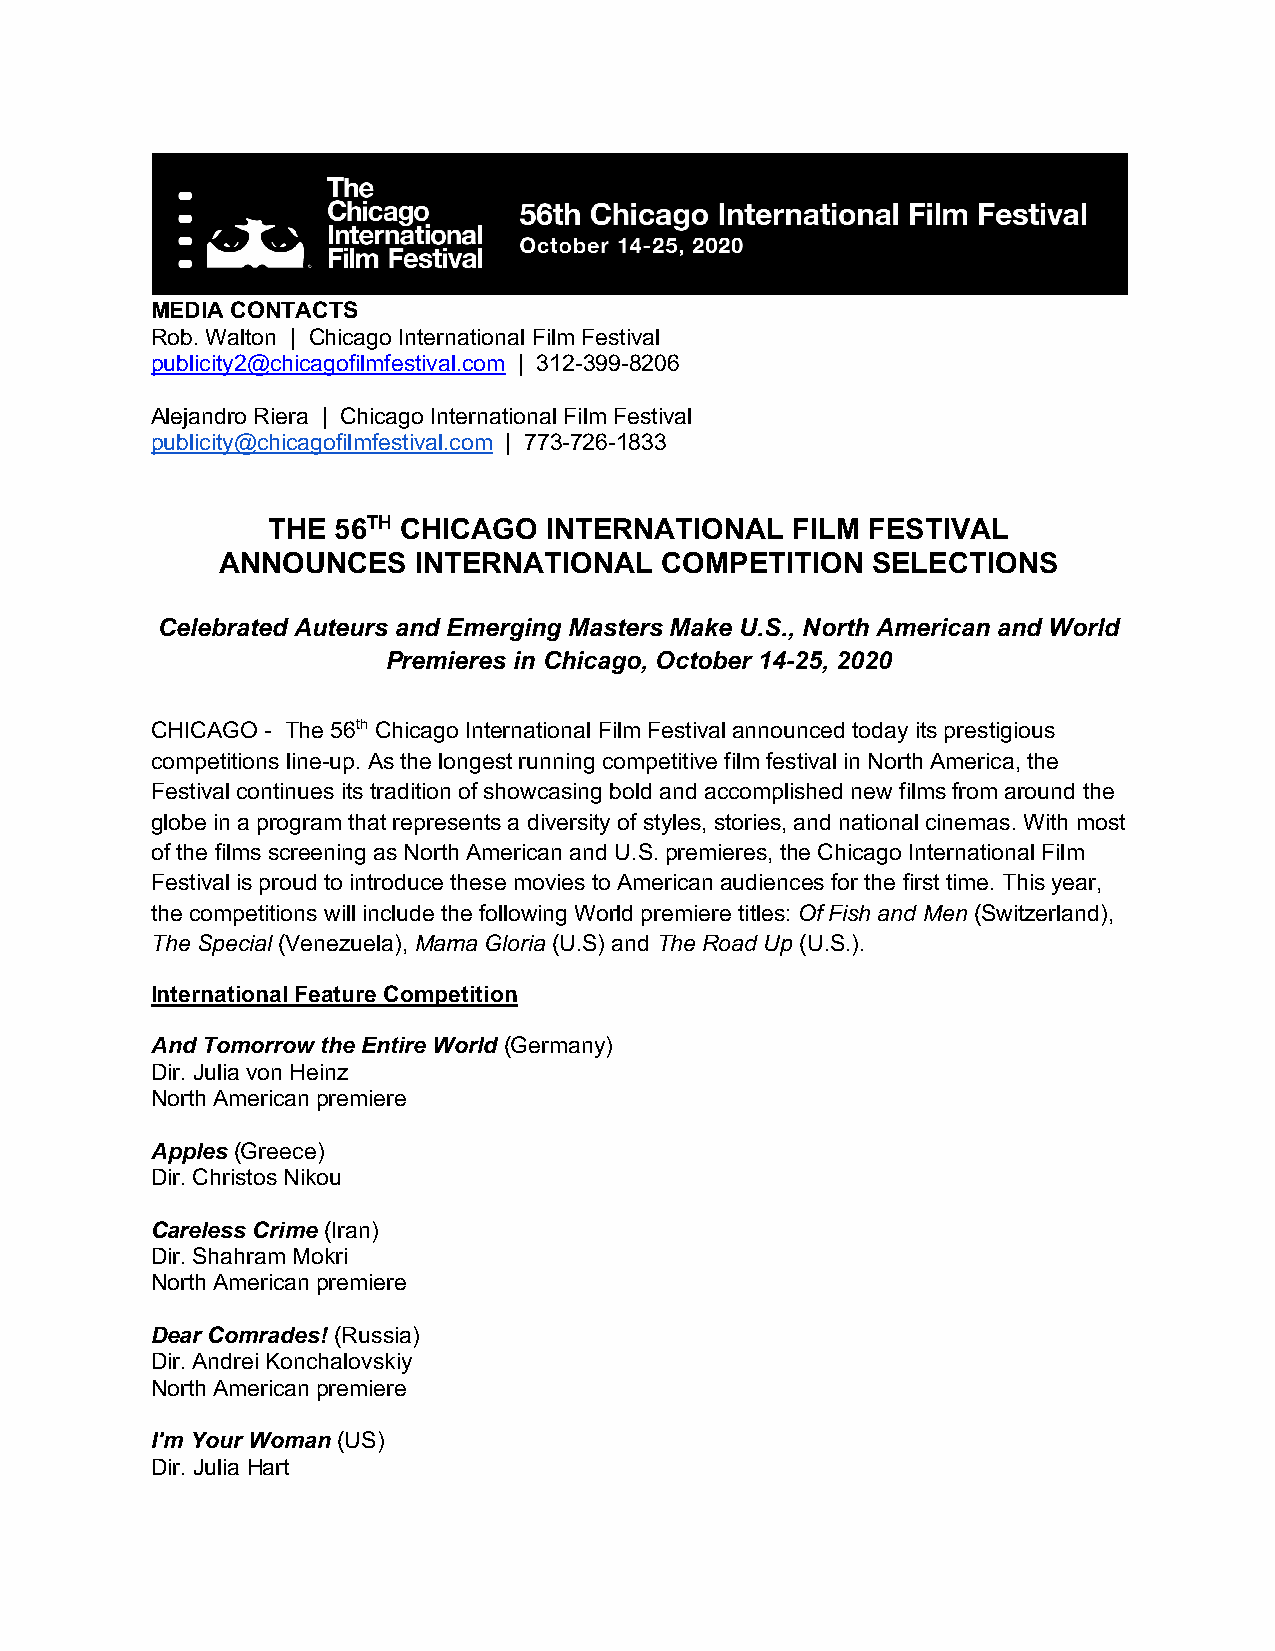
MEDIA CONTACTS
 Rob. Walton | Chicago International Film Festival
 publicity2@chicagofilmfestival.com | 312-399-8206
 Alejandro Riera | Chicago International Film Festival
 publicity@chicagofilmfestival.com | 773-726-1833
 THE 56TH CHICAGO  INTERNATIONAL   FILM FESTIVAL
 ANNOUNCES    INTERNATIONAL    COMPETITION   SELECTIONS
 Celebrated Auteurs and Emerging Masters Make U.S., North American and World
 Premieres in Chicago, October 14-25, 2020
 CHICAGO - The 56th Chicago International Film Festival announced today its prestigious
 competitions line-up. As the longest running competitive film festival in North America, the
 Festival continues its tradition of showcasing bold and accomplished new films from around the
 globe in a program that represents a diversity of styles, stories, and national cinemas. With most
 of the films screening as North American and U.S. premieres, the Chicago International Film
 Festival is proud to introduce these movies to American audiences for the first time. This year,
 the competitions will include the following World premiere titles: Of Fish and Men (Switzerland),
 The Special (Venezuela), Mama Gloria (U.S) and The Road Up (U.S.).
 International Feature Competition
 And Tomorrow the Entire World (Germany)
 Dir. Julia von Heinz
 North American premiere
 Apples (Greece)
 Dir. Christos Nikou
 Careless Crime (Iran)
 Dir. Shahram Mokri
 North American premiere
 Dear Comrades! (Russia)
 Dir. Andrei Konchalovskiy
 North American premiere
 I'm Your Woman (US)
 Dir. Julia Hart